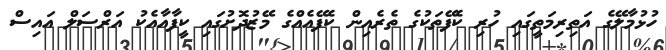
ހުޅުމާލޭގެ އަތިރިމަތީގައި ހުރި ކެފޭތަކުގެ ތެރެއިން ކެފޭއެއްގެ މޭޒުދޮށުގައި ކީފާއާއެކު އަރްސަލް އައިސް